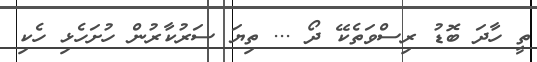
ތީ ހާދަ ބޮޑު ރިސްވަތެކޭ ދޯ ... ތިޔަ ސަރުކާރުން ހުށަހެޅި ހެކި